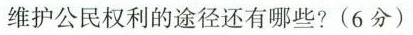
维护公民权利的途径还有哪些?(6分)